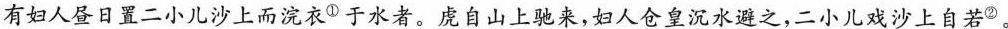
有妇人昼日置二小儿沙上而浣衣Φ于水者。虞自山上驰来，妇人仓皇沉水避之，二小儿戏沙上自若②.